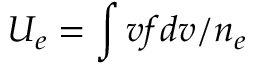
U _ { e } = \int v f d v / n _ { e }